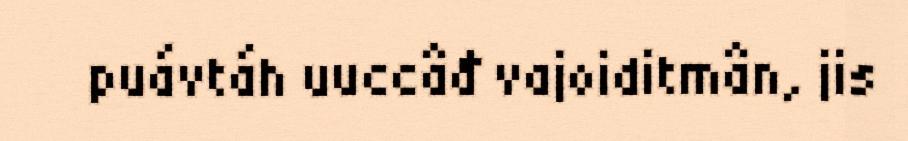
puávtáh uuccâđ vajoiditmân, jis